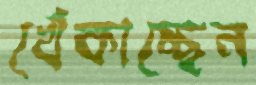
খেঁকাচ্ছেন